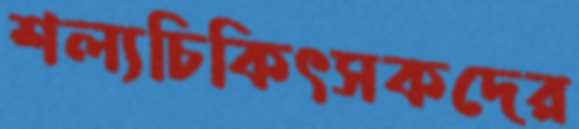
শল্যচিকিৎসকদের